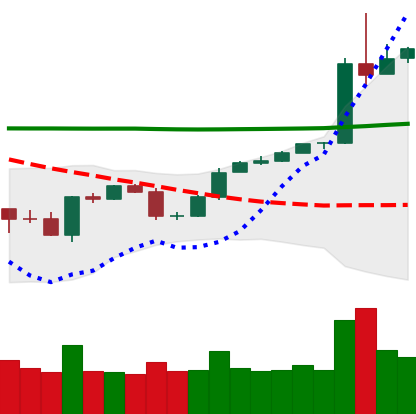
Ticker: BTC-USD
Chart end date: 2020-05-02
Forward return: 10.713%
Label: up_7plus